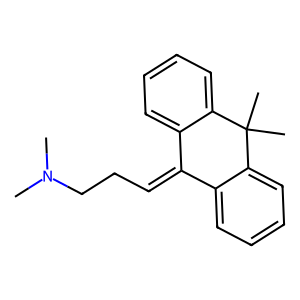
SMILES: CN(C)CCC=C1c2ccccc2C(C)(C)c2ccccc21
Inhibits HIV replication: No